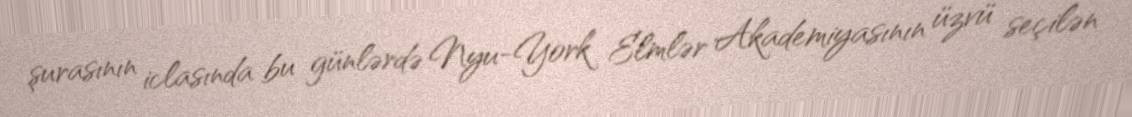
şurasının iclasında bu günlərdə Nyu-York Elmlər Akademiyasının üzvü seçilən